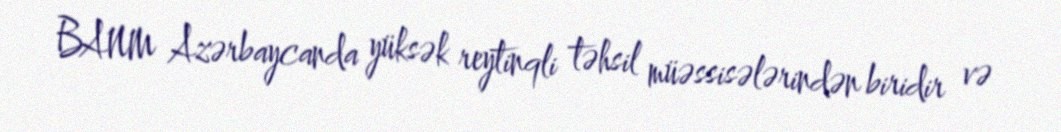
BANM Azərbaycanda yüksək reytinqli təhsil müəssisələrindən biridir və